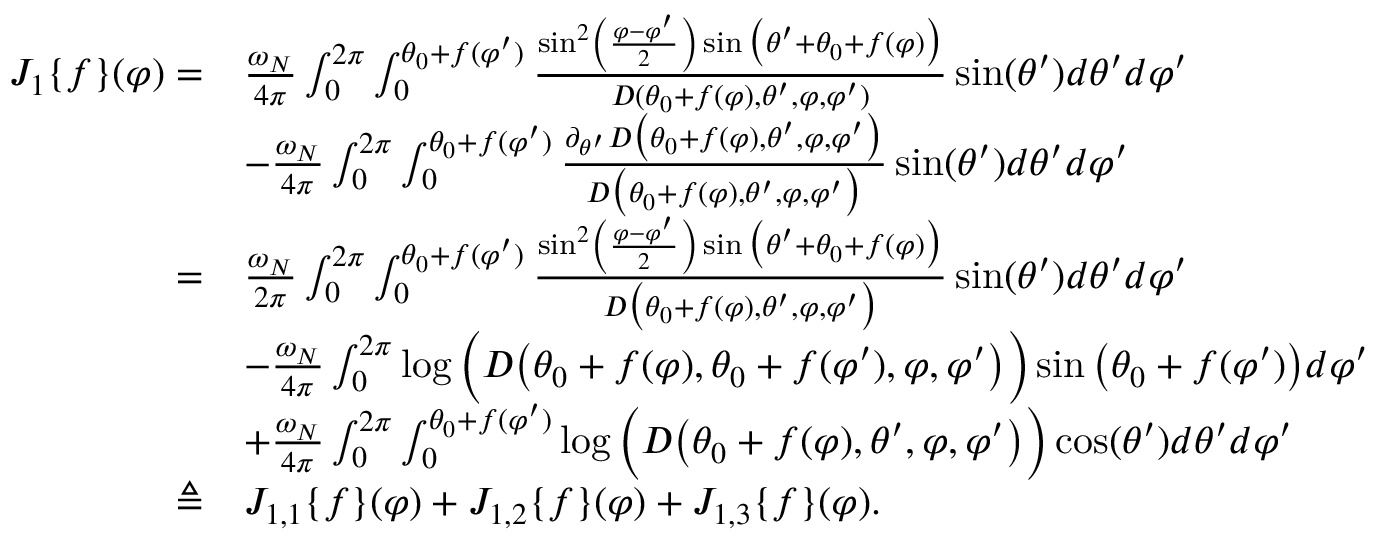
\begin{array} { r l } { J _ { 1 } \{ f \} ( \varphi ) = } & { \frac { \omega _ { N } } { 4 \pi } \int _ { 0 } ^ { 2 \pi } \int _ { 0 } ^ { \theta _ { 0 } + f ( \varphi ^ { \prime } ) } \frac { \sin ^ { 2 } \left( \frac { \varphi - \varphi ^ { \prime } } { 2 } \right) \sin \big ( \theta ^ { \prime } + \theta _ { 0 } + f ( \varphi ) \big ) } { D ( \theta _ { 0 } + f ( \varphi ) , \theta ^ { \prime } , \varphi , \varphi ^ { \prime } ) } \sin ( \theta ^ { \prime } ) d \theta ^ { \prime } d \varphi ^ { \prime } } \\ & { - \frac { \omega _ { N } } { 4 \pi } \int _ { 0 } ^ { 2 \pi } \int _ { 0 } ^ { \theta _ { 0 } + f ( \varphi ^ { \prime } ) } \frac { \partial _ { \theta ^ { \prime } } D \big ( \theta _ { 0 } + f ( \varphi ) , \theta ^ { \prime } , \varphi , \varphi ^ { \prime } \big ) } { D \big ( \theta _ { 0 } + f ( \varphi ) , \theta ^ { \prime } , \varphi , \varphi ^ { \prime } \big ) } \sin ( \theta ^ { \prime } ) d \theta ^ { \prime } d \varphi ^ { \prime } } \\ { = } & { \frac { \omega _ { N } } { 2 \pi } \int _ { 0 } ^ { 2 \pi } \int _ { 0 } ^ { \theta _ { 0 } + f ( \varphi ^ { \prime } ) } \frac { \sin ^ { 2 } \left( \frac { \varphi - \varphi ^ { \prime } } { 2 } \right) \sin \big ( \theta ^ { \prime } + \theta _ { 0 } + f ( \varphi ) \big ) } { D \big ( \theta _ { 0 } + f ( \varphi ) , \theta ^ { \prime } , \varphi , \varphi ^ { \prime } \big ) } \sin ( \theta ^ { \prime } ) d \theta ^ { \prime } d \varphi ^ { \prime } } \\ & { - \frac { \omega _ { N } } { 4 \pi } \int _ { 0 } ^ { 2 \pi } \log \Big ( D \big ( \theta _ { 0 } + f ( \varphi ) , \theta _ { 0 } + f ( \varphi ^ { \prime } ) , \varphi , \varphi ^ { \prime } \big ) \Big ) \sin \big ( \theta _ { 0 } + f ( \varphi ^ { \prime } ) \big ) d \varphi ^ { \prime } } \\ & { + \frac { \omega _ { N } } { 4 \pi } \int _ { 0 } ^ { 2 \pi } \int _ { 0 } ^ { \theta _ { 0 } + f ( \varphi ^ { \prime } ) } \log \Big ( D \big ( \theta _ { 0 } + f ( \varphi ) , \theta ^ { \prime } , \varphi , \varphi ^ { \prime } \big ) \Big ) \cos ( \theta ^ { \prime } ) d \theta ^ { \prime } d \varphi ^ { \prime } } \\ { \triangleq } & { J _ { 1 , 1 } \{ f \} ( \varphi ) + J _ { 1 , 2 } \{ f \} ( \varphi ) + J _ { 1 , 3 } \{ f \} ( \varphi ) . } \end{array}